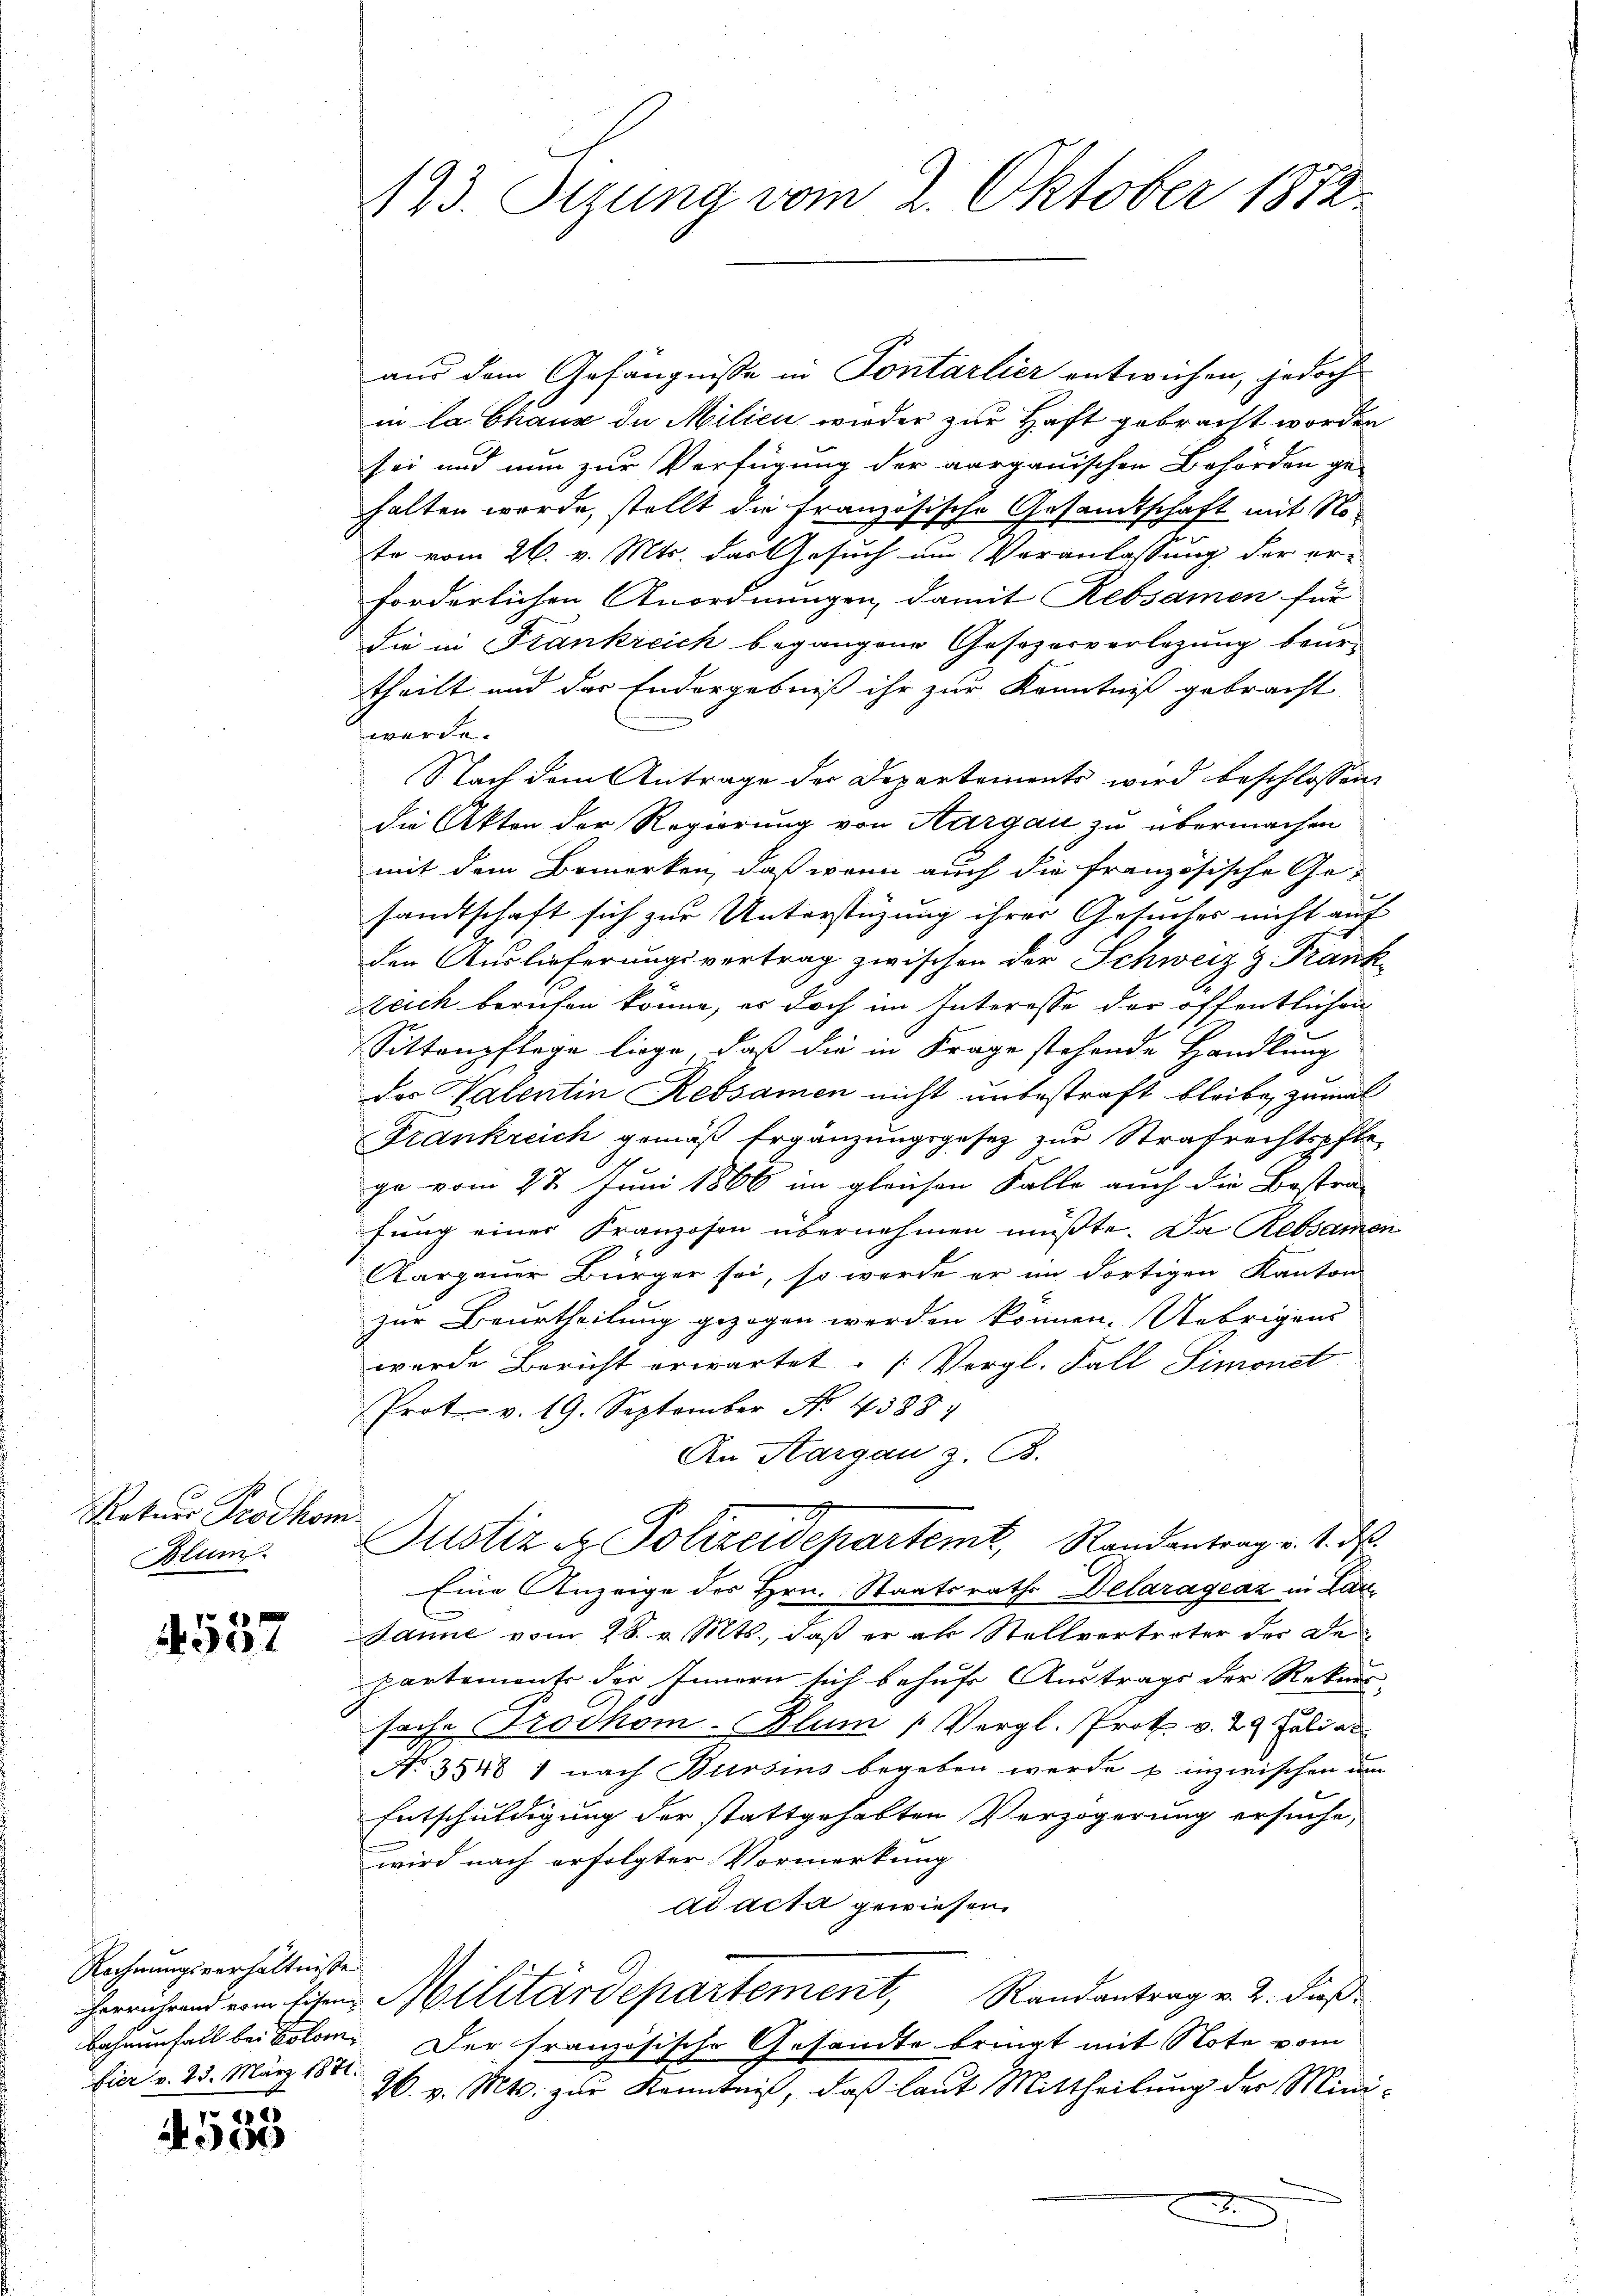
Rekurs Prodhom.
Blum

30 x

Rechnungsverhältnisse
bier v. 23. März 1871.

2
000

123. Sizung vom 2. Oktober 1812.

aus dem Gefängnisse in Pontarlier entwichen, jedoch
in la Chaux de Milieu wieder zur Haft gebracht worden
sei und nun zur Verfügung der aargauischen Behörden ge-
hhalten werde, stellt die Französische Gesandtschaft mit Note vom 26. v. Mts. das Gesuch um Veranlassung der er-
forderlichen Anordnungen, damit Rebsamen für
Die in Frankreich begangene Gesezesverlegung beur-
theilt und das Endergebniß ihr zur Kenntniß gebracht
werde.
Nach dem Antrage der Departements wird beschlossen:
die Akten der Regierung von Aargau zu übermachen
mit dem Bemerken, daß wenn auch die französische Ge-
sandtschaft sich zur Unterstüzung ihrer Gesuches nicht auf
den Auslieferungsvertrag zwischen der Schweiz & Frank
zeich berufen könne, er doch im Interesse der öffentlichen
Sittenpflege liege, daß die in Frage stehende Handlung
das Patentin Rebsamen nicht unbestraft bleibe, zumal
Frankreich gemäß Ergänzungsgesez zur Strafrechtspflege vom 27. Juni 1866 im gleichen Falle auch die Bestra-
fung einer Franzosen übernehmen müßte. Da Rebsamen
Kargauer Bürger sei, so werde er im dortigen Kanton
zur Beurtheilung gezogen werden können. Uebrigens
wurde Bericht erwartet. (Vergl. Fall Simonst
Prot. v. 19. September No. 4388.
An Kargau z. B.
Justiz & Polizeidepartemt, Randentrag v. 1. d.
Eine Anzeige des Hrn. Staatsraths Delarágeaz in Lau¬
Janne vom 28. v. Mts., daß er als Stellvertreter der Departemente des Innern sich behufs Austrags der Rekurs-
sache Trodhom. Blum (Vergl. Prot. v. 29 Juli al
No 35481 nach Birosius begeben werde & inzwischen um
Entschuldigung der stattgehabten Verzögerung ersuche,
wird nach erfolgter Vormerkung
ad acta gewiesen.
Herrn und ein Eisen Militärdepartement, Randantrag v. 2. dieß
bahnenfall bei Kolom. Der französische Gesandte bringt mit Note vom
26. v. Mts. zur Kenntniß, daß laut Mittheilung der Mini¬

x